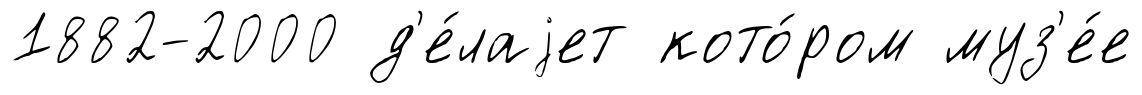
1882-2000 д'е́лаjет кото́ром муз'е́е